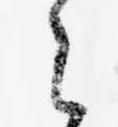
之